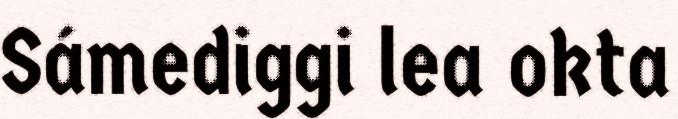
Sámediggi lea okta